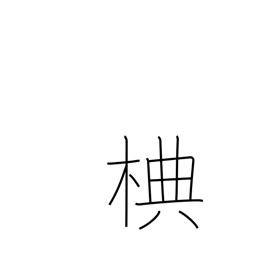
Meaning: type of deciduous birch tree